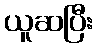
ယူဆပြီး